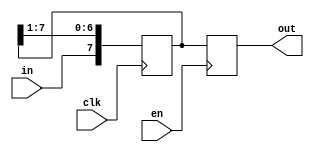
// Shift register
// Registro de corrimiento

module S3A2 (clk, in, en, out);
input clk;
input in;
input en;
output reg [0:7] out;
reg [0:7] temp; 


initial begin
out = 0;
temp = 0;
end

always @(posedge clk) begin
temp = {in, temp [0:6]};
end

always @(posedge en) begin
out = temp;
end
endmodule